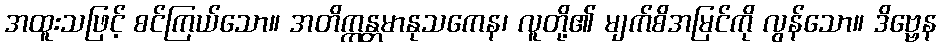
အထူးသဖြင့် စင်ကြယ်သော။ အတိက္ကန္တမာနုသကေန၊ လူတို့၏ မျက်စိအမြင်ကို လွန်သော။ ဒိဗ္ဗေန